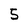
Character: 5